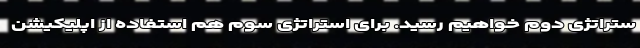
ستراتژی دوم خواهیم رسید. برای استراتژی سوم هم استفاده از اپلیکیشن